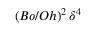
\left( { B o } / { O h } \right) ^ { 2 } \delta ^ { 4 }